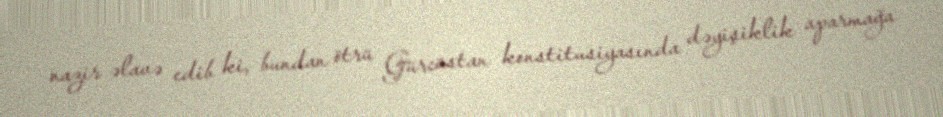
nazir əlavə edib ki, bundan ötrü Gürcüstan konstitusiyasında dəyişiklik aparmağa